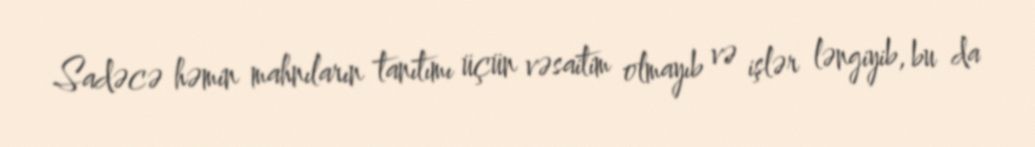
Sadəcə həmin mahnıların tanıtımı üçün vəsaitim olmayıb və işlər ləngiyib, bu da